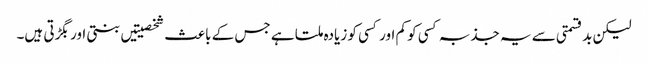
لیکن بدقسمتی سے یہ جذبہ کسی کو کم اور کسی کو زیادہ ملتا ہے جس کے باعث شخصیتیں بنتی اور بگڑتی ہیں۔